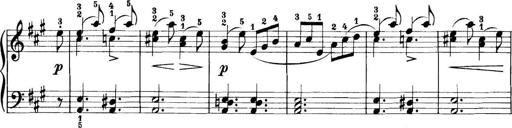
Title: 11 Sonatinas
Composer: Anton Diabelli